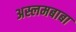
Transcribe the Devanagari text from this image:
अस्लमबाबा